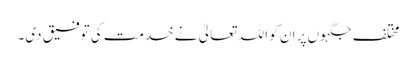
مختلف جگہوں پر ان کو اللہ تعالیٰ نے خدمت کی توفیق دی۔